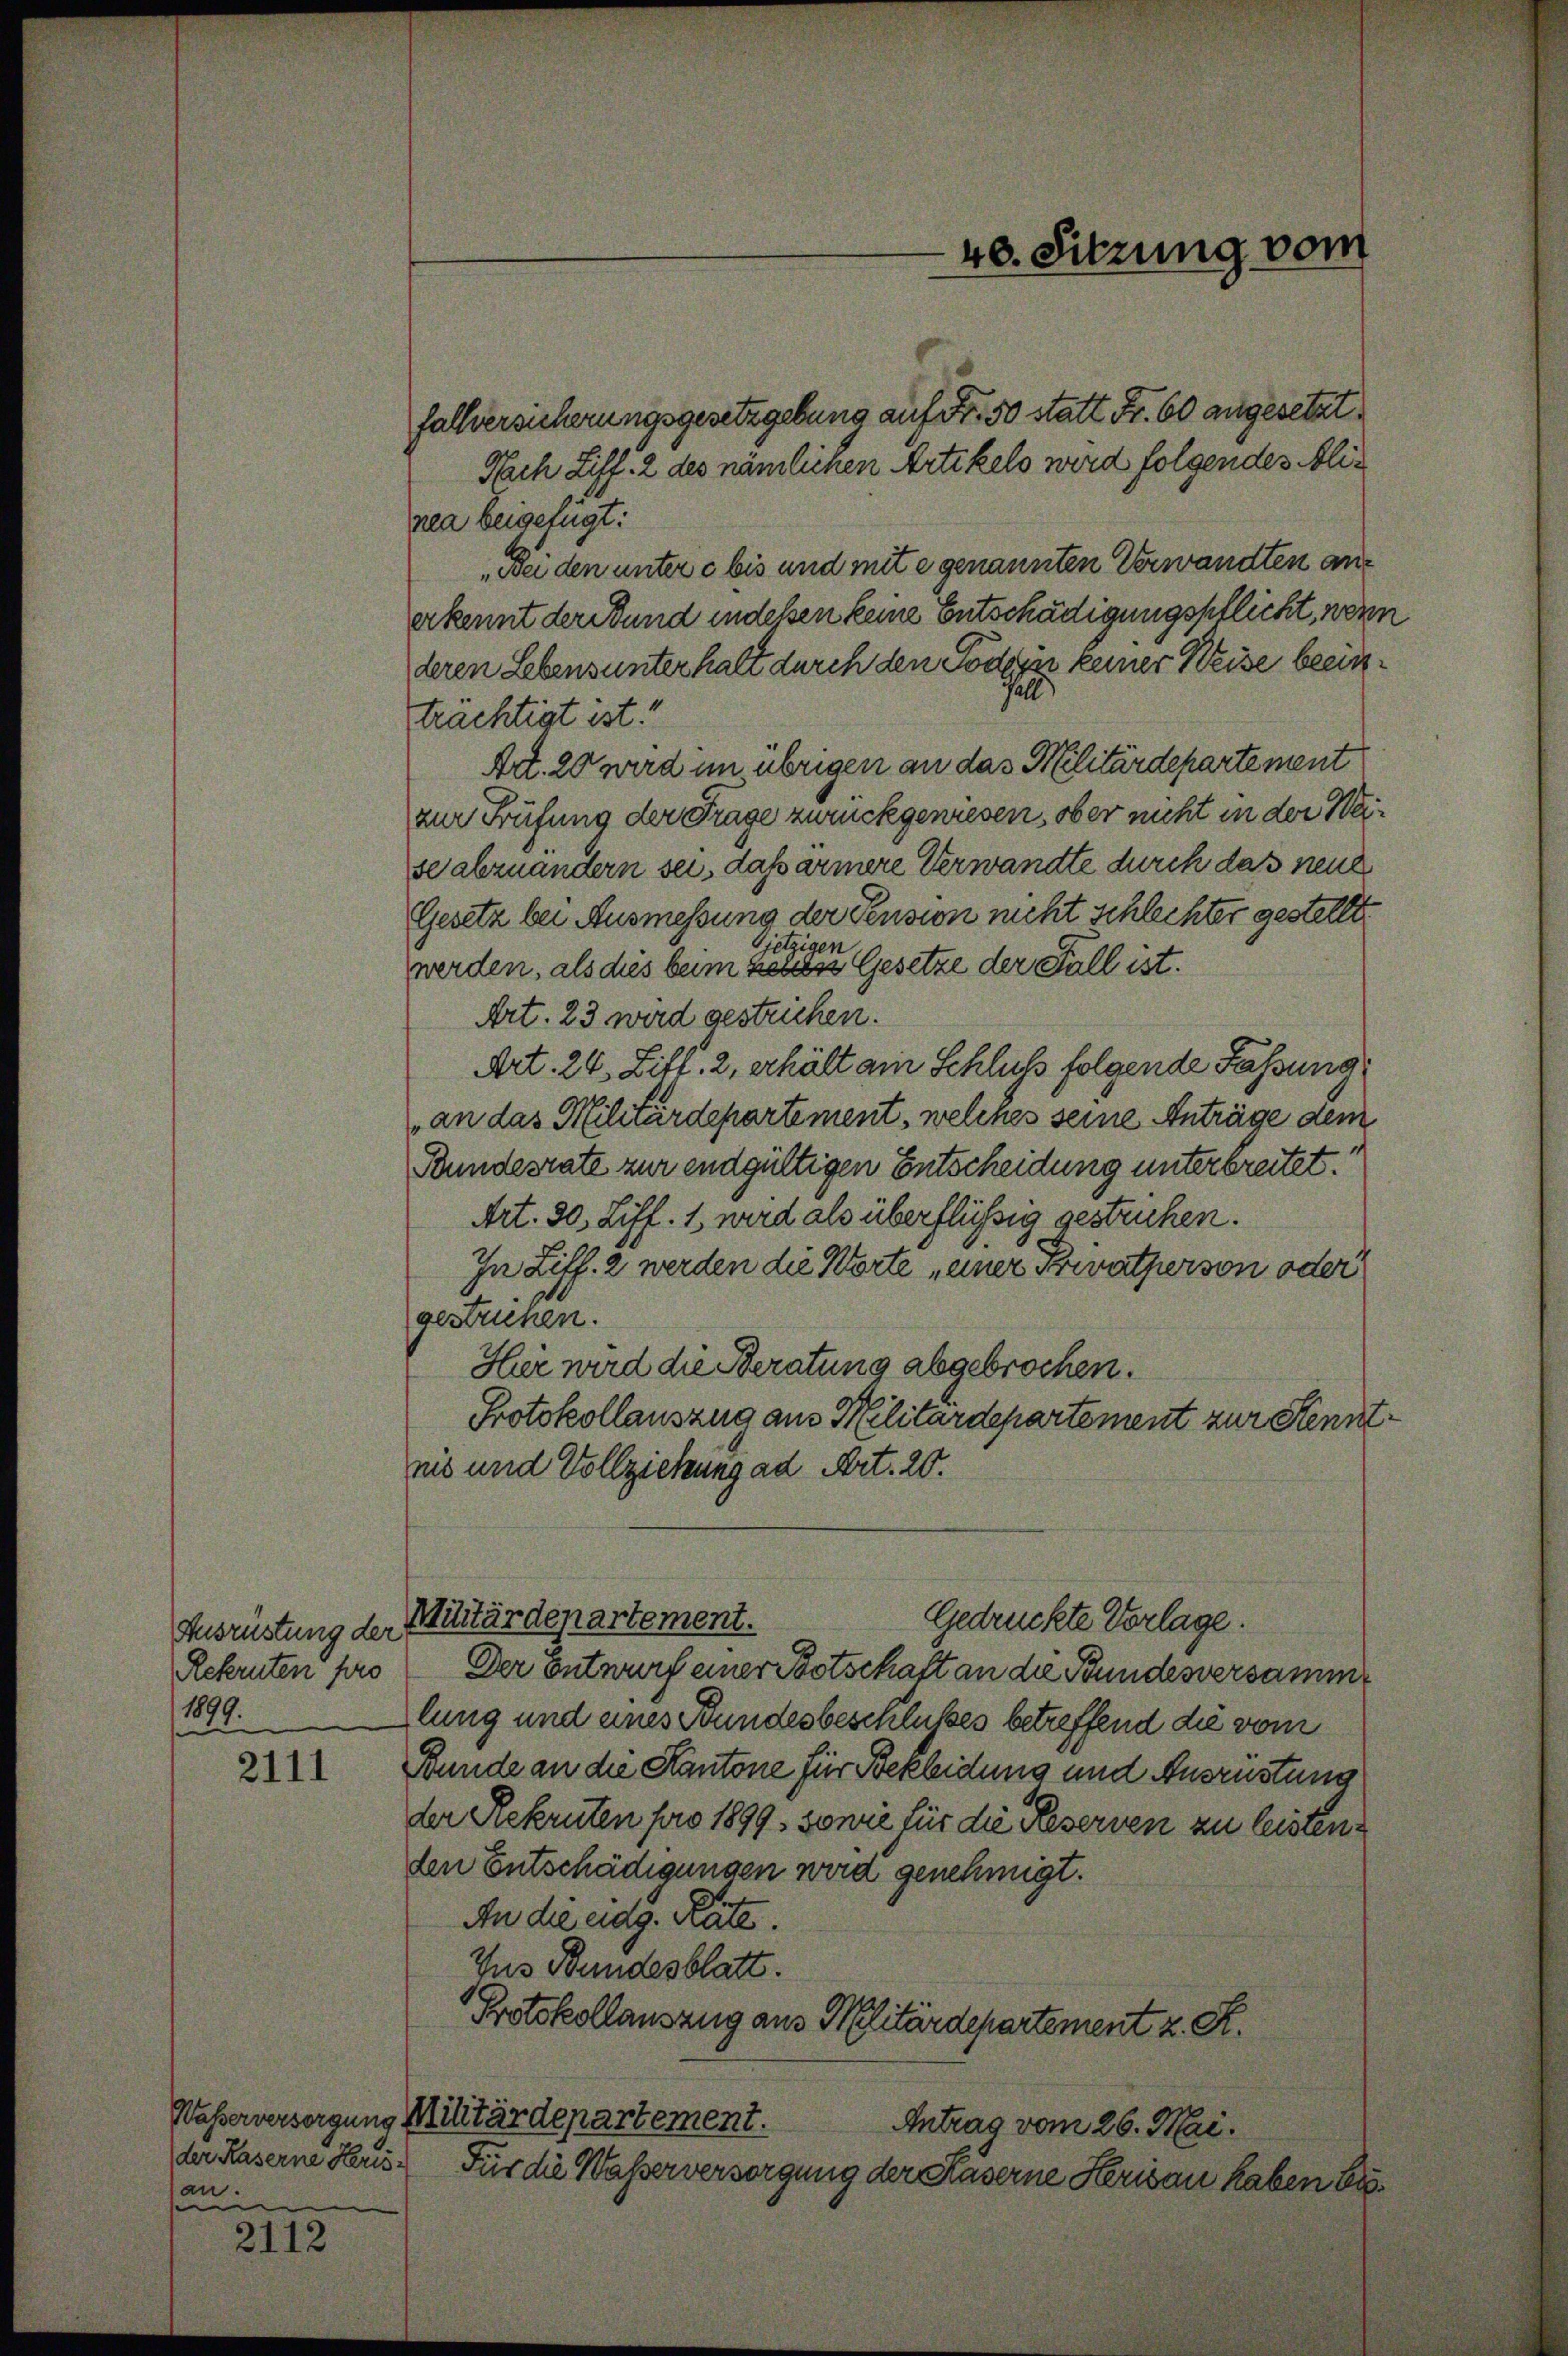
Ausrüstung der
Rekruten pro
1899.

2111

der Kaserne Herisan.

2112

40. Sitzung vom

fallversicherungsgesetzgebung auf Fr. 50 statt Fr. 60 angesetzt
Nach Ziff. 2 des nämlichen Artikels wird folgendes Alinea beigefügt:
Bei den untere bis und mit e genannten Verwandten ans
erkennt der und indessen keine Entschädigungspflicht, wenn
deren Lebensunterhalt durch den Poden keiner Weise beein¬
)
trächtigt ist!
Art. 20 wird im übrigen an das Militärdepartement
zur Prüfung der Frage zurückgewiesen, ob er nicht in der Weise abzuändern sei, daß ärmere Verwandte durch das neue
Gesetz bei Ausmessung der Pension nicht schlechter gestellt.
Gjetzigen
werden, als dies beim zeites Gesetze der Fall ist.
Art. 23 wird gestrichen.
Art. 24. Litt. 2, erhält am Schluß folgende Fassung,
an das Militärdepartement, welches seine Anträge dem
Bundesrate zur endgültigen Entscheidung unterbreitet.
Art. 30, Ziff. 1 wird als überflüssig gestricken.
In Ziff. 2 werden die Worte „einer Privatperson oder
gestrichen.
Heer wird die Beratung abgebrochen.
Protokollauszug aus Militärdepartement zur Kennt
nis und Vollziehung ad Art. 20.
Militärdepartement.
Gedrückte Vorlage.
Der Entwurf einer Botschaft an die Bundesversamme
lung und eines Bundesbeschlusses betreffend die vom
Bunde an die Kantone für Bekleidung und Ausrüstung
der Rekruten pro 1899, sowie für die Reserven zu leisten.
den Entschädigungen wird genehmigt.
An die eidg. Räte.
Jus Bundesblatt.
Protokollauszug aus Militärdepartement z. R.
Wasserversorgung Militärdepartement.
Antrag vom 26. Mai.
Für die Wasserversorgung der Käserne Herisau haben bis¬

e